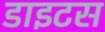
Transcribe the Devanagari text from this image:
डाइटस